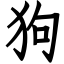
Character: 狗